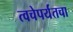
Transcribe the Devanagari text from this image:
त्वचेपर्यंतचा